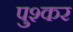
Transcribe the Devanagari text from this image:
पुश्कर